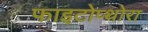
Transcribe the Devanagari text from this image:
फाइटोप्थोरा